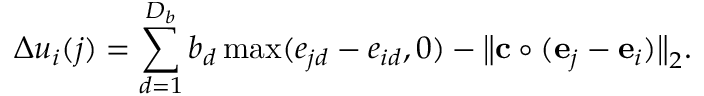
\Delta u _ { i } ( j ) = \sum _ { d = 1 } ^ { D _ { b } } b _ { d } \operatorname* { m a x } ( e _ { j d } - e _ { i d } , 0 ) - \big \| { \mathbf { c } } \circ ( { \mathbf { e } } _ { j } - { \mathbf { e } } _ { i } ) \big \| _ { 2 } .